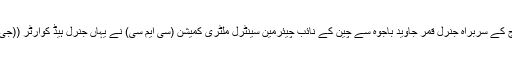
18 مئی2018ء) پاک فوج کے سربراہ جنرل قمر جاوید باجوہ سے چین کے نائب چیئرمین سینٹرل ملٹری کمیشن (سی ایم سی) نے یہاں جنرل ہیڈ کوارٹر ((جی ایچ کیو)) میں ملاقات کی۔